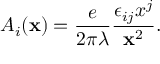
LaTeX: A _ { i } ( { \bf x } ) = \frac { e } { 2 \pi \lambda } \frac { \epsilon _ { i j } x ^ { j } } { { \bf x } ^ { 2 } } .